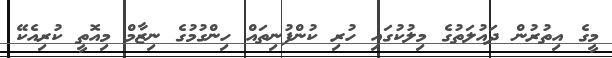
މީގެ އިތުރުން ދައުލަތުގެ މިލުކުގައި ހުރި ކުންފުނިތައް ހިންގުމުގެ ނިޒާމް މިއޮތީ ކުރިއެކޭ